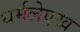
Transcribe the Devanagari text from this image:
धर्मलेएख